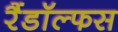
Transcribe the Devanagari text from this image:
रैंडॉल्फस